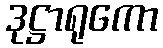
ဒုဋ္ဌာရုကော